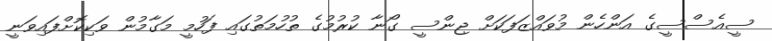
ސީއެސްސީގެ އަންހެން މުވައްޒަފަކަށް ޖިންސީ ގޯނާ ކުރުމުގެ ތުހުމަތުގައި ފަހުމީ މަގާމުން ވަކިކޮށްފައިވަނީ